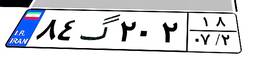
۸۴گ۲۰۲۱۸